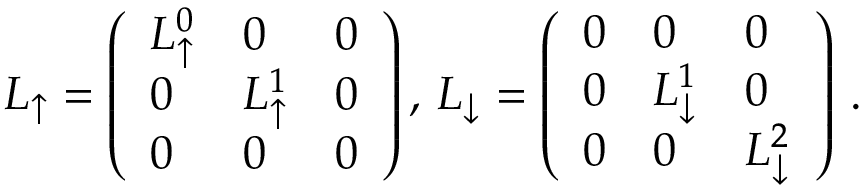
\begin{array} { r } { \boldsymbol { L } _ { \uparrow } = \left( \begin{array} { l l l } { L _ { \uparrow } ^ { 0 } } & { 0 } & { 0 } \\ { 0 } & { L _ { \uparrow } ^ { 1 } } & { 0 } \\ { 0 } & { 0 } & { 0 } \end{array} \right) , \, \boldsymbol { L } _ { \downarrow } = \left( \begin{array} { l l l } { 0 } & { 0 } & { 0 } \\ { 0 } & { L _ { \downarrow } ^ { 1 } } & { 0 } \\ { 0 } & { 0 } & { L _ { \downarrow } ^ { 2 } } \end{array} \right) \, . } \end{array}